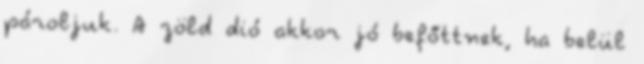
pároljuk. A zöld dió akkor jó befőttnek, ha belül